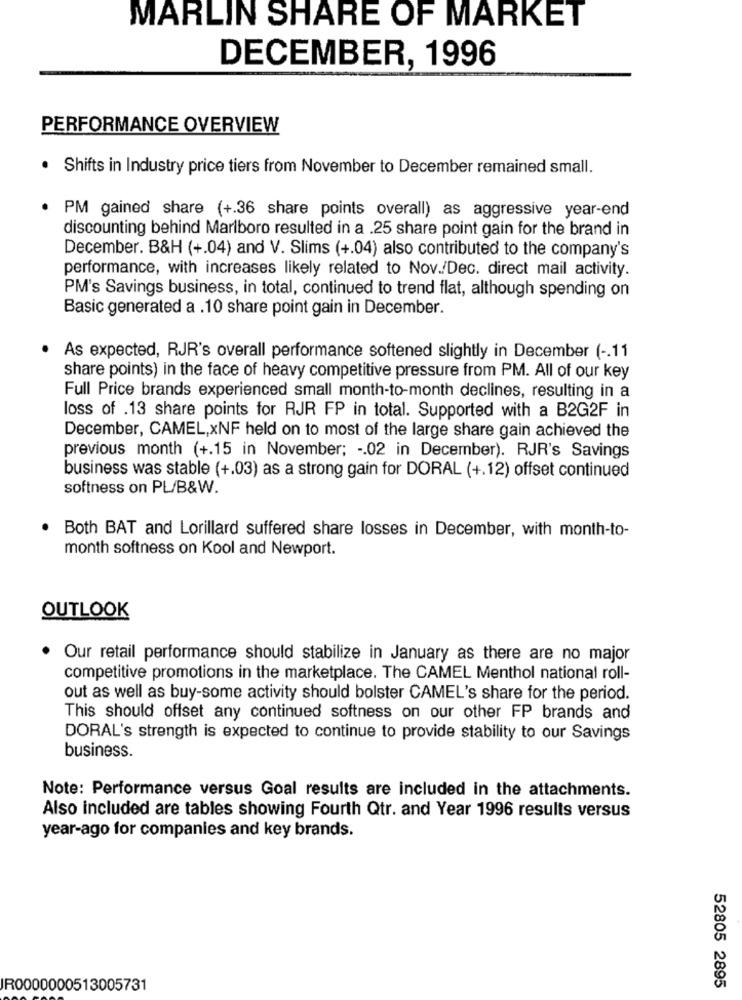
MARLIN SHARE OF MARKET
DECEMBER, 1996
PERFORMANCE OVERVIEW
· Shifts in Industry price tiers from November to December remained small.
PM gained share (+.36 share points overall) as aggressive year-end
discounting behind Marlboro resulted in a .25 share point gain for the brand in
December. B&H (+.04) and V. Slims (+.04) also contributed to the company's
performance, with increases likely related to Nov./Dec. direct mail activity.
PM's Savings business, in total, continued to trend flat, although spending on
Basic generated a .10 share point gain in December.
.
As expected, RJR's overall performance softened slightly in December ( -. 11
share points) in the face of heavy competitive pressure from PM. All of our key
Full Price brands experienced small month-to-month declines, resulting in a
loss of .13 share points for RJR FP in total. Supported with a B2G2F in
December, CAMEL,xNF held on to most of the large share gain achieved the
previous month (+.15 in November; -. 02 in December). RJR's Savings
business was stable (+.03) as a strong gain for DORAL (+.12) offset continued
softness on PL/B&W.
Both BAT and Lorillard suffered share losses in December, with month-to-
month softness on Kool and Newport.
OUTLOOK
Our retail performance should stabilize in January as there are no major
competitive promotions in the marketplace. The CAMEL Menthol national roll-
out as well as buy-some activity should bolster CAMEL's share for the period.
This should offset any continued softness on our other FP brands and
DORAL's strength is expected to continue to provide stability to our Savings
business.
Note: Performance versus Goal results are included in the attachments.
Also included are tables showing Fourth Qtr. and Year 1996 results versus
year-ago for companies and key brands.
52805 2895
IR0000000513005731